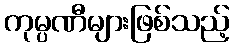
ကုမ္ပဏီများဖြစ်သည့်